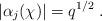
LaTeX: \begin{align*}|\alpha_j(\chi)| = q^{1/2} \;.\end{align*}